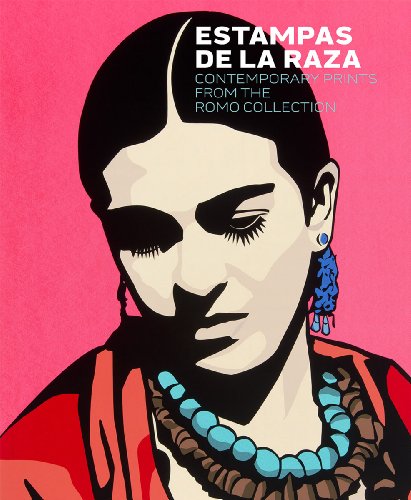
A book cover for Estampas de la Raza: Contemporary Mexican American Prints from the Romo Collection; Lyle W. Williams; Arts & Photography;